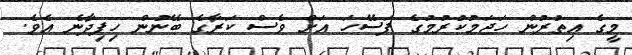
މީގެ އިތުރުން ހަޖަމުކުރުމުގެ ފަސޭހަ އަށް ވެސް ކަރާގެ ބޭނުން ހިފިދާނެ އެވެ.